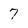
Character: 7